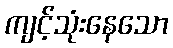
ကျင့်သုံးနေသော